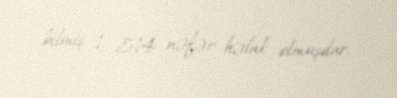
bilmiş, 1 514 nəfər həlak olmuşdur.